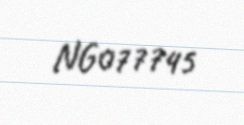
NG077745